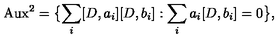
\mathrm { A u x } ^ { 2 } = \bigl \{ \sum _ { i } [ D , a _ { i } ] [ D , b _ { i } ] : \sum _ { i } a _ { i } [ D , b _ { i } ] = 0 \bigr \} ,